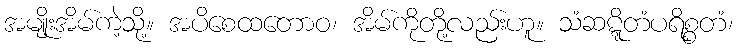
အမျိုးအိမ်ကဲ့သို့။ အပိစေထတောဝ၊ အိမ်ကိုတို့လည်းဟူ။ သံဆဋ္ဋိတံပရိစ္စတံ၊